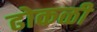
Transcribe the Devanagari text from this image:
ढोकळी